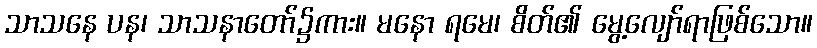
သာသနေ ပန၊ သာသနာတော်၌ကား။ မနော ရမေ၊ စိတ်၏ မွေ့လျော်ရာဖြစ်သော။